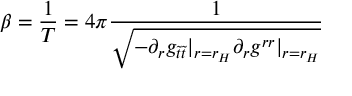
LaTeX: \beta = \frac { 1 } { T } = 4 \pi \frac { 1 } { \sqrt { - \partial _ { r } g _ { \tilde { t } \tilde { t } } | _ { r = r _ { H } } \partial _ { r } g ^ { r r } | _ { r = r _ { H } } } }